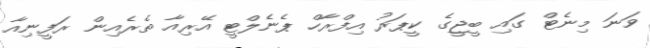
ވަނަ މިނެޓް ގައި ބީޖީގެ ކީޕަރު އިފްރާހް ޕެނެލްޓީ އޭރިއާ ތެރެއިން ރަފީނިއާ